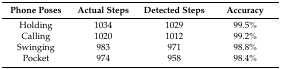
| Phone Poses | Actual Steps | Detected Steps | Accuracy |
 | --- | --- | --- | --- |
 | Holding | 1034 | 1029 | 99.5% |
 | Calling | 1020 | 1012 | 99.2% |
 | Swinging | 983 | 971 | 98.8% |
 | Pocket | 974 | 958 | 98.4% |